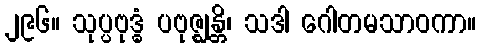
၂၉၆။ သုပ္ပဗုဒ္ဓံ ပဗုဇ္ဈန္တိ၊ သဒါ ဂေါတမသာဝကာ။